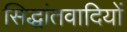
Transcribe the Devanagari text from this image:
सिद्धांतवादियों